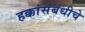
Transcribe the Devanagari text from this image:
हक्कांसंबंधीचे